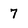
Character: 7